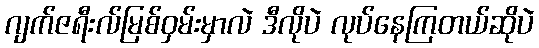
ဂျက်ဇရီးလ်မြစ်ဝှမ်းမှာလဲ ဒီလိုပဲ လုပ်နေကြတယ်ဆိုပဲ